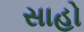
સાહો